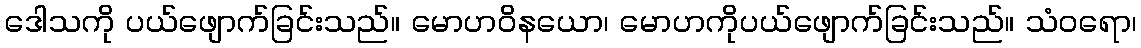
ဒေါသကို ပယ်ဖျောက်ခြင်းသည်။ မောဟဝိနယော၊ မောဟကိုပယ်ဖျောက်ခြင်းသည်။ သံဝရော၊